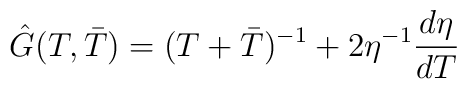
\hat{G}(T,\bar{T})=(T+\bar{T})^{-1}+2\eta ^{-1} \frac{d\eta}{dT}